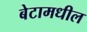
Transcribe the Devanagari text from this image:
बेटामधील